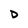
Character: D